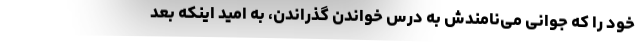
خود را که جوانی می‌نامندش به درس خواندن گذراندن، به امید اینکه بعد